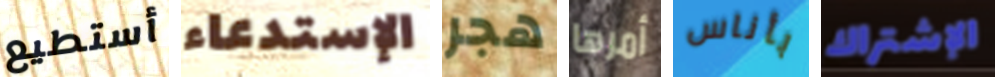
أستطيع الإستدعاء هجر أمرها بأناس الإشتراك